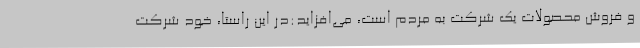
و فروش محصولات یک شرکت به مردم است، می‌افزاید:در این راستا، خود شرکت